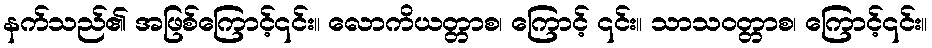
နက်သည်၏ အဖြစ်ကြောင့်၎င်း။ လောကိယတ္တာစ၊ ကြောင့် ၎င်း။ သာသဝတ္တာစ၊ ကြောင့်၎င်း။